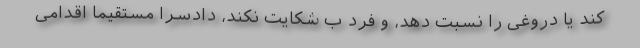
کند یا دروغی را نسبت دهد، و فرد ب شکایت نکند، دادسرا مستقیماً اقدامی